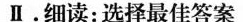
Ⅱ.细读:选择最佳答案